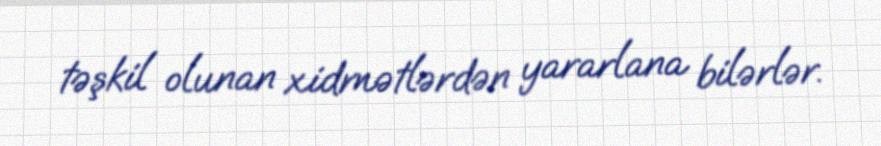
təşkil olunan xidmətlərdən yararlana bilərlər.